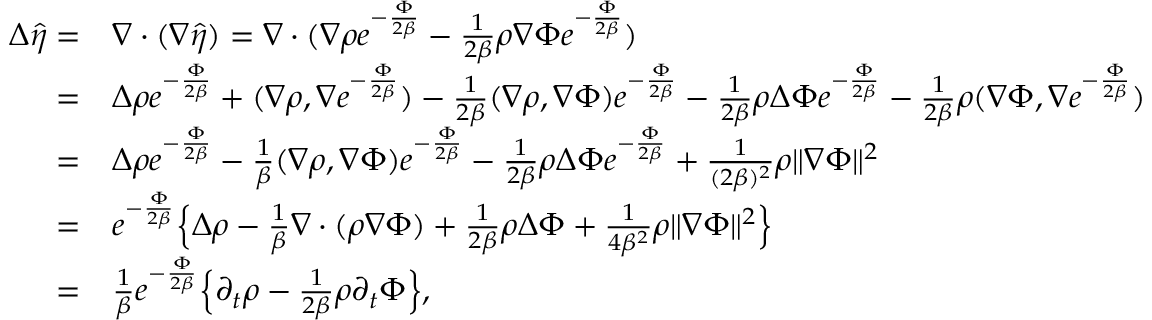
\begin{array} { r l } { \Delta \hat { \eta } = } & { \nabla \cdot ( \nabla \hat { \eta } ) = \nabla \cdot ( \nabla \rho e ^ { - \frac { \Phi } { 2 \beta } } - \frac { 1 } { 2 \beta } \rho \nabla \Phi e ^ { - \frac { \Phi } { 2 \beta } } ) } \\ { = } & { \Delta \rho e ^ { - \frac { \Phi } { 2 \beta } } + ( \nabla \rho , \nabla e ^ { - \frac { \Phi } { 2 \beta } } ) - \frac { 1 } { 2 \beta } ( \nabla \rho , \nabla \Phi ) e ^ { - \frac { \Phi } { 2 \beta } } - \frac { 1 } { 2 \beta } \rho \Delta \Phi e ^ { - \frac { \Phi } { 2 \beta } } - \frac { 1 } { 2 \beta } \rho ( \nabla \Phi , \nabla e ^ { - \frac { \Phi } { 2 \beta } } ) } \\ { = } & { \Delta \rho e ^ { - \frac { \Phi } { 2 \beta } } - \frac { 1 } { \beta } ( \nabla \rho , \nabla \Phi ) e ^ { - \frac { \Phi } { 2 \beta } } - \frac { 1 } { 2 \beta } \rho \Delta \Phi e ^ { - \frac { \Phi } { 2 \beta } } + \frac { 1 } { ( 2 \beta ) ^ { 2 } } \rho \| \nabla \Phi \| ^ { 2 } } \\ { = } & { e ^ { - \frac { \Phi } { 2 \beta } } \Big \{ \Delta \rho - \frac { 1 } { \beta } \nabla \cdot ( \rho \nabla \Phi ) + \frac { 1 } { 2 \beta } \rho \Delta \Phi + \frac { 1 } { 4 \beta ^ { 2 } } \rho \| \nabla \Phi \| ^ { 2 } \Big \} } \\ { = } & { \frac { 1 } { \beta } e ^ { - \frac { \Phi } { 2 \beta } } \Big \{ \partial _ { t } \rho - \frac { 1 } { 2 \beta } \rho \partial _ { t } \Phi \Big \} , } \end{array}